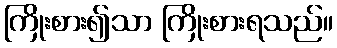
ကြိုးစား၍သာ ကြိုးစားရသည်။